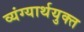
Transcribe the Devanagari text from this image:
व्यंग्यार्थयुक्त